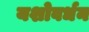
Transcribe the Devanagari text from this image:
यशोवर्धन